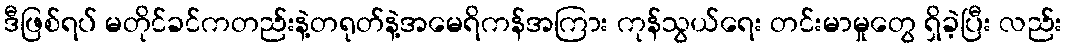
ဒီဖြစ်ရပ် မတိုင်ခင်ကတည်းနဲ့တရုတ်နဲ့အမေရိကန်အကြား ကုန်သွယ်ရေး တင်းမာမှုတွေ ရှိခဲ့ပြီး လည်း